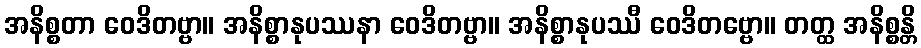
အနိစ္စတာ ဝေဒိတဗ္ဗာ။ အနိစ္စာနုပဿနာ ဝေဒိတဗ္ဗာ။ အနိစ္စာနုပဿီ ဝေဒိတဗ္ဗော။ တတ္ထ အနိစ္စန္တိ